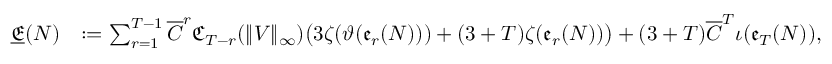
\begin{array} { r l } { \underline { { \mathfrak { E } } } ( N ) } & { : = \sum _ { r = 1 } ^ { T - 1 } \overline { C } ^ { r } \mathfrak { C } _ { T - r } ( \| V \| _ { \infty } ) \big ( 3 \zeta ( \vartheta ( \mathfrak { e } _ { r } ( N ) ) ) + ( 3 + T ) \zeta ( \mathfrak { e } _ { r } ( N ) ) \big ) + ( 3 + T ) \overline { C } ^ { T } \iota ( \mathfrak { e } _ { T } ( N ) ) , } \end{array}